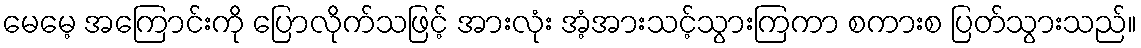
မေမေ့ အကြောင်းကို ပြောလိုက်သဖြင့် အားလုံး အံ့အားသင့်သွားကြကာ စကားစ ပြတ်သွားသည်။